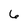
Character: 6